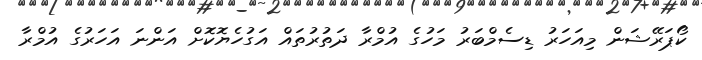
ކޯޕަރޭޝަން މިއަހަރު ޑިސެމްބަރު މަހުގެ އުމްރާ ދަތުރުތައް އަގުހެޔޮކޮށް އަންނަ އަހަރުގެ އުމްރާ